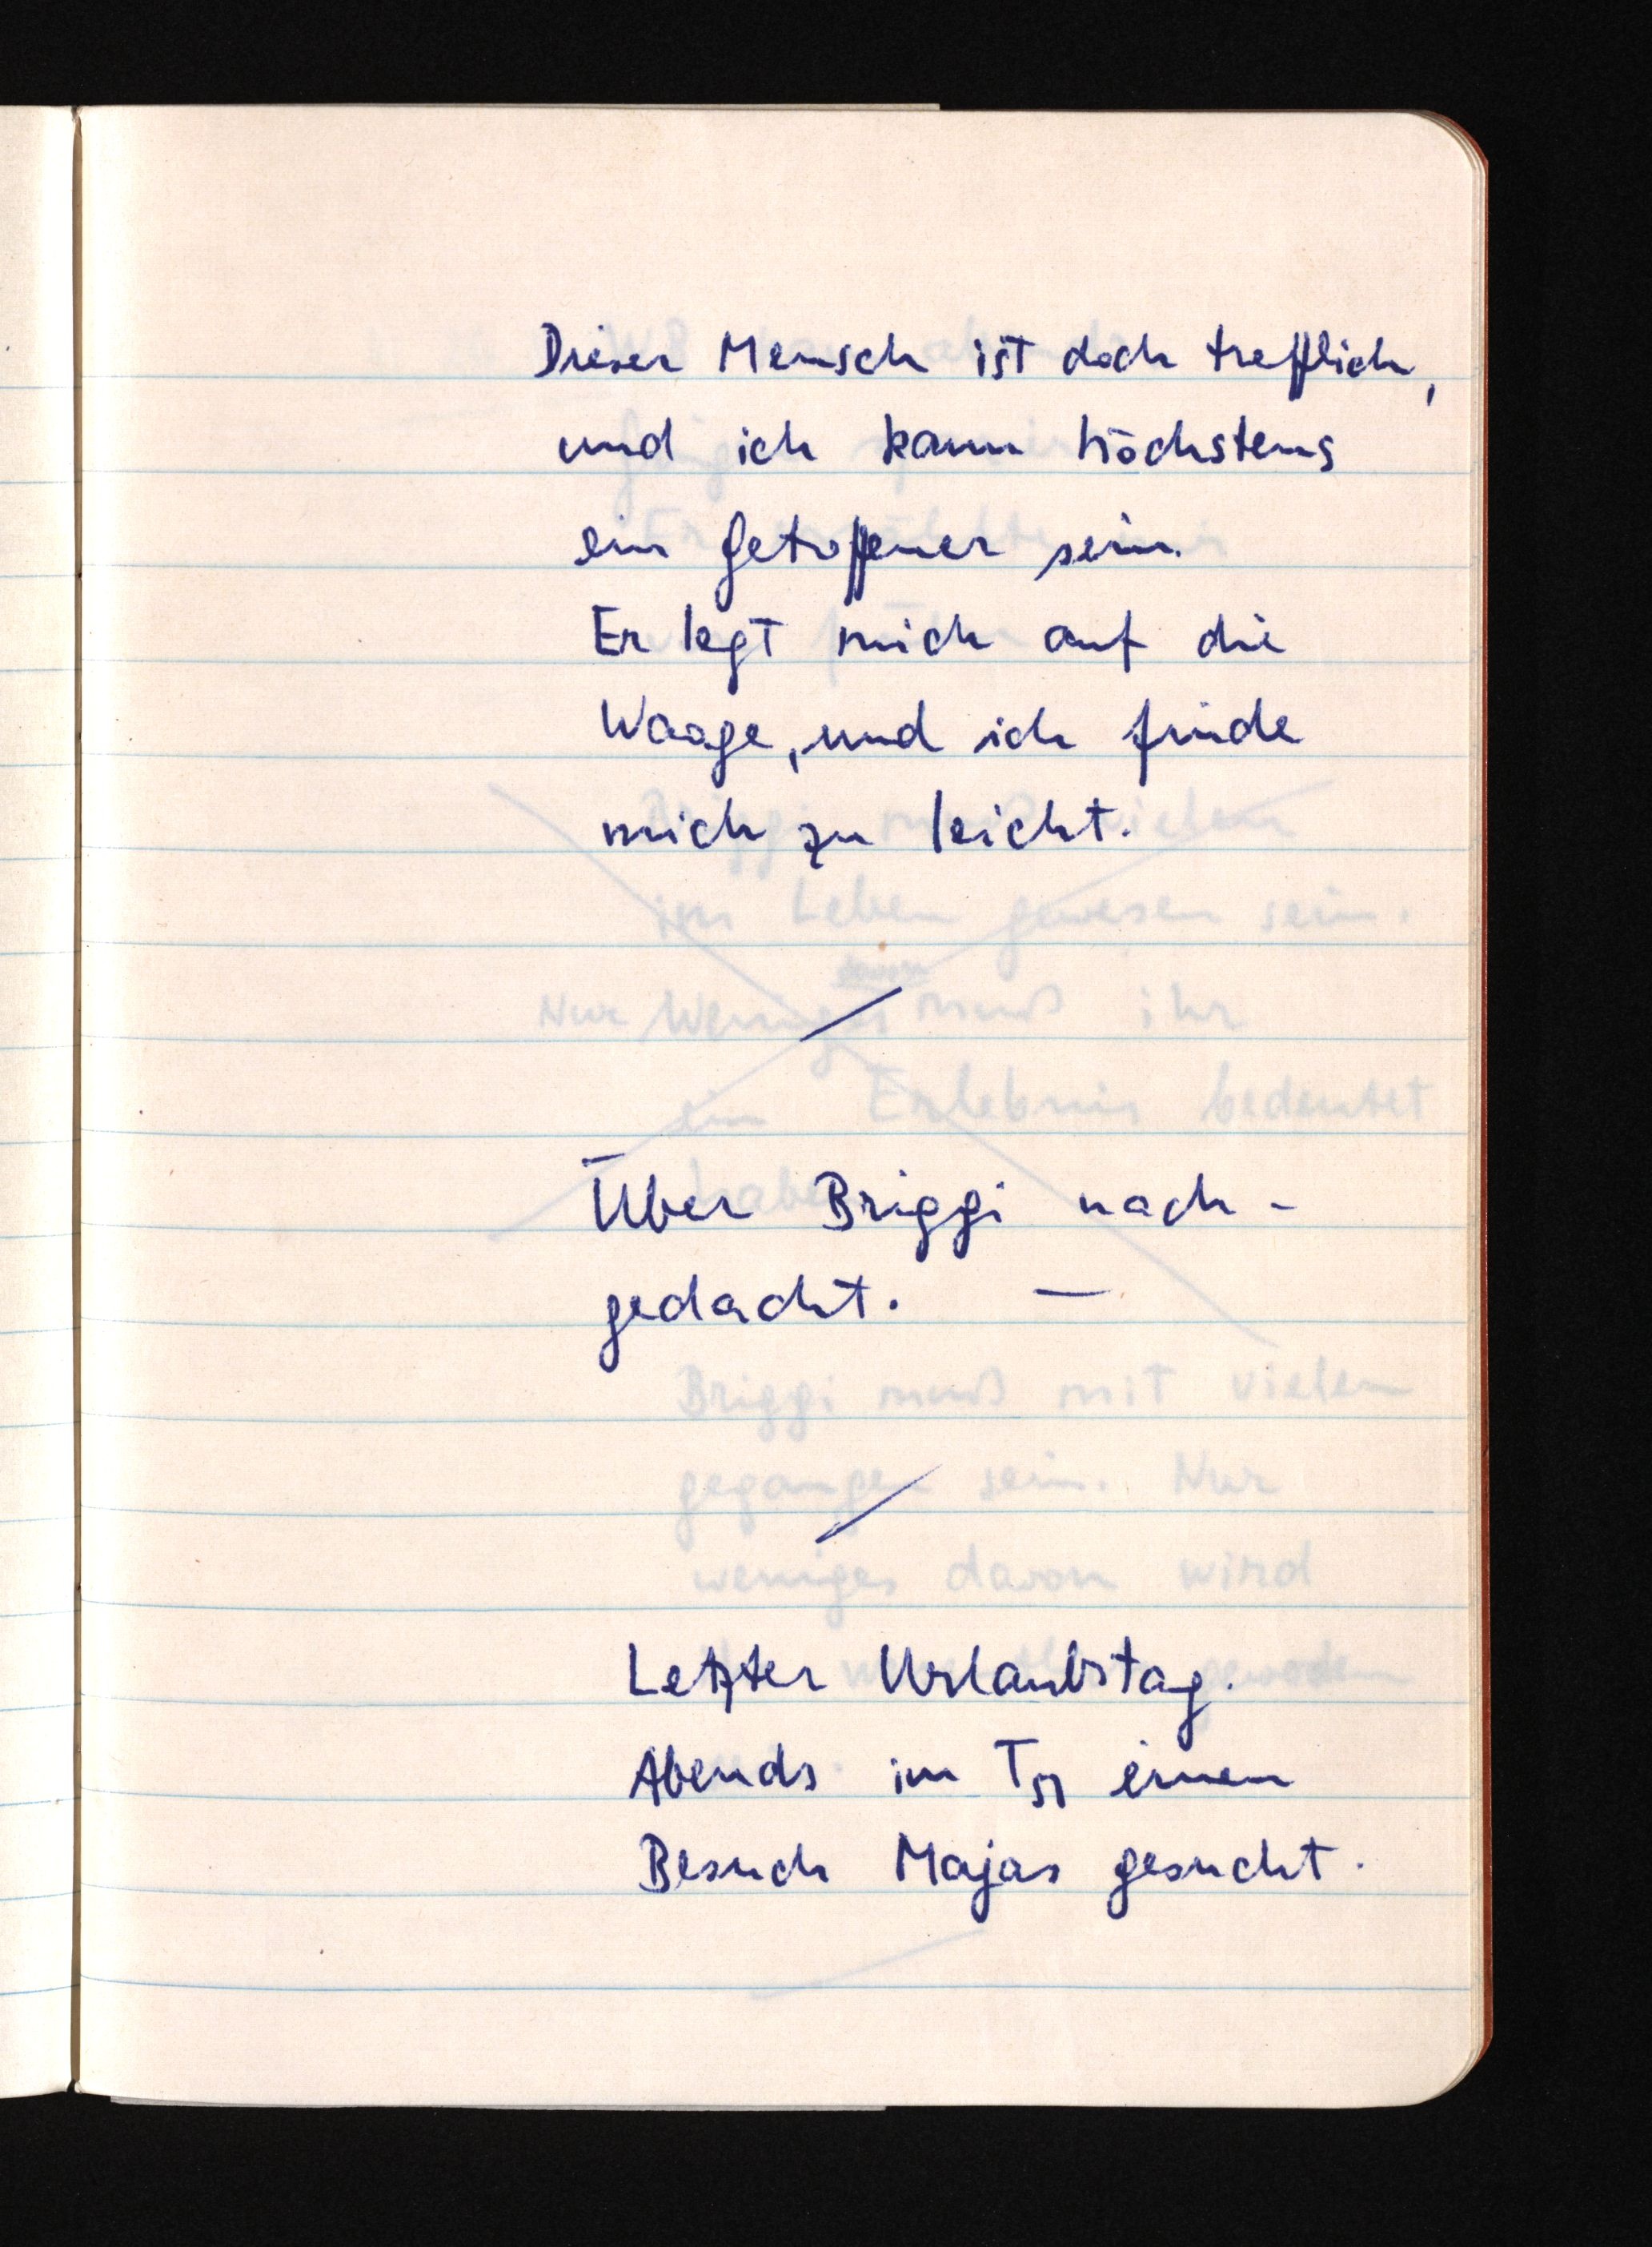
Dieser Mensch ist doch trefflich,
und ich kann höchstens
ein Getroffener sein.
Er legt mich auf die
Waage, und ich finde
mich zu leicht.
Über Briggi nach¬
gedacht. -
Letzter Urlaubstag.
Abends im T51 einen
Besuch Majas gesucht.